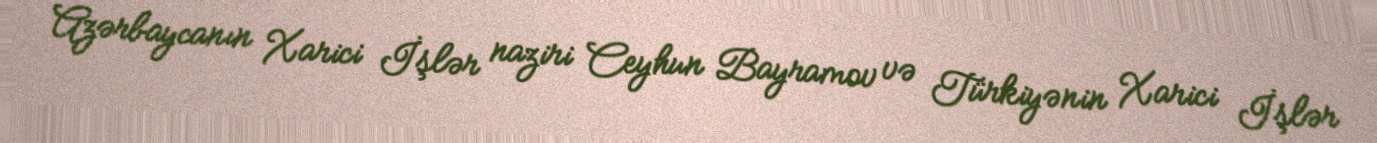
Azərbaycanın Xarici İşlər naziri Ceyhun Bayramov və Türkiyənin Xarici İşlər